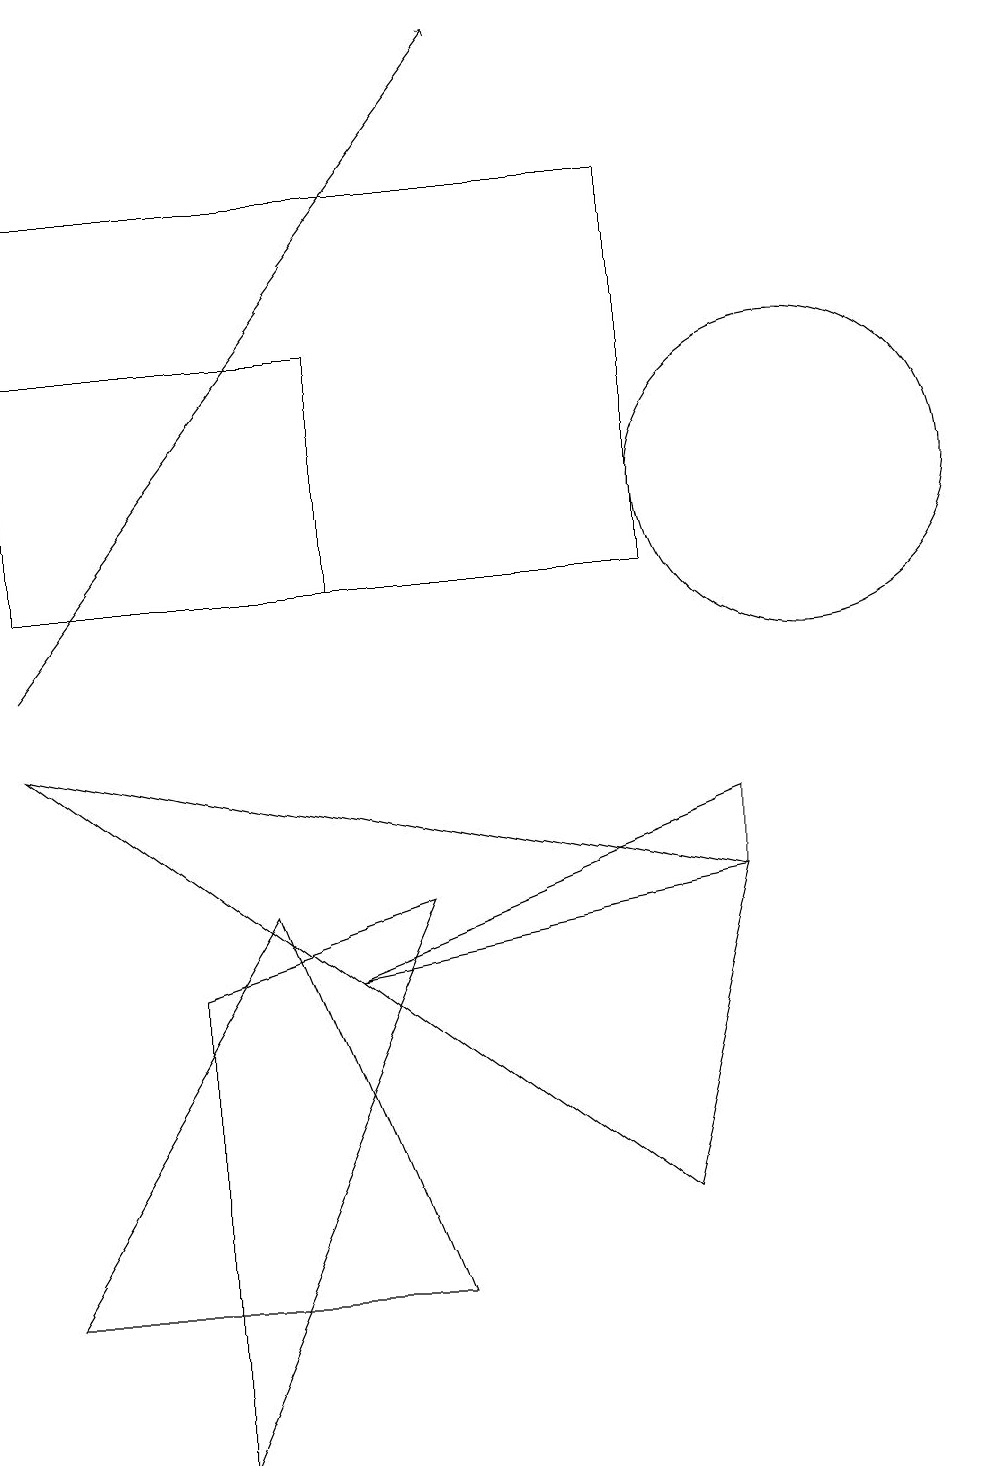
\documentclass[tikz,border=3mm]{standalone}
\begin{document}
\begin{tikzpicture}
\draw (9,7) -- (9,8) -- (4,6) -- cycle;
\draw (3,7) -- (0,2) -- (5,2) -- cycle;
\draw (10,12) circle (2);
\draw (0,14) rectangle (4,11);
\draw[->] (0,10) -- (6,18);
\draw (2,6) -- (5,7) -- (2,0) -- cycle;
\draw (0,9) -- (9,7) -- (8,3) -- cycle;
\draw (8,16) rectangle (0,11);
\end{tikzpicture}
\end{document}